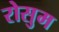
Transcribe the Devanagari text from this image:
रोसुम